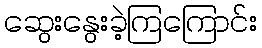
ဆွေးနွေးခဲ့ကြကြောင်း